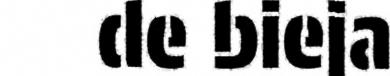
de bieja